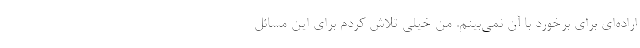
اراده‌ای برای برخورد با آن ‌نمی‌بینم. من خیلی تلاش کردم برای این مسائل